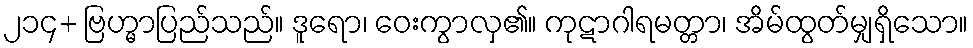
၂၁၄+ ဗြဟ္မာပြည်သည်။ ဒူရော၊ ဝေးကွာလှ၏။ ကုဋာဂါရမတ္တာ၊ အိမ်ထွတ်မျှရှိသော။